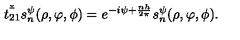
\check { \bar { t _ { 2 1 } } } s _ { n } ^ { \psi } ( \rho , \varphi , \phi ) = e ^ { - i \psi + \frac { n h } { 2 \pi } } s _ { n } ^ { \psi } ( \rho , \varphi , \phi ) .